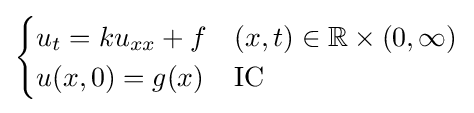
{\begin{cases}u_{t}=ku_{xx}+f&(x,t)\in \mathbb {R} \times (0,\infty )\\u(x,0)=g(x)&{\text{IC}}\end{cases}}